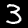
Digit: 3